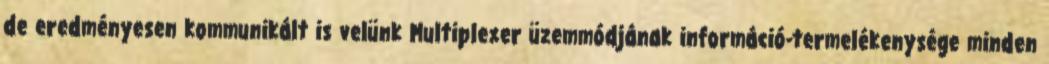
de eredményesen kommunikált is velünk Multiplexer üzem­módjának információ-termelékenysége minden